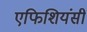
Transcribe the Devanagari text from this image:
एफिशियंसी